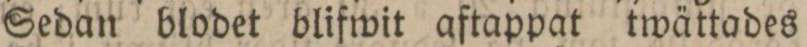
Sedan blodet blifwit aftappat twättades